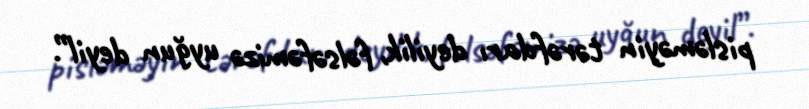
pisləməyin tərəfdarı deyilik, fəlsəfəmizə uyğun deyil”.